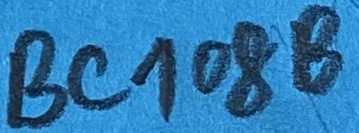
Text: BC108B